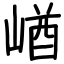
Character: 崷